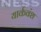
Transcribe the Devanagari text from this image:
यार्कवंश